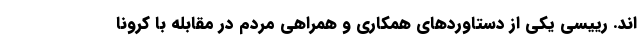
اند. رییسی یکی از دستاوردهای همکاری و همراهی مردم در مقابله با کرونا